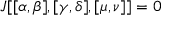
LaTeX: J [ [ \alpha , \beta ] , [ \gamma , \delta ] , [ \mu , \nu ] ] = 0